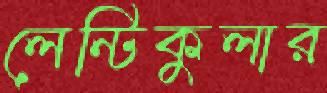
লেন্টিকুলার